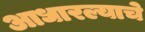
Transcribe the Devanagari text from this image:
आधारल्याचे